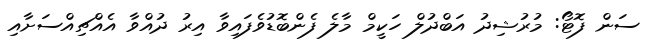
ސަން ފޮޓޯ: މުރުޝިދު އަބްދުލް ހަކީމް މާލެ ފެންބޮޑުވެފައިވާ އިރު ދުއްވާ އެއްޗިއްސަށާއި